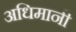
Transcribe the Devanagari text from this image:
अधिमानी